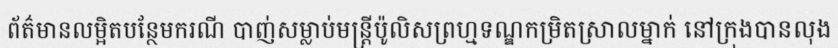
ព័ត៌មានលម្អិតបន្ថែមករណី បាញ់សម្លាប់មន្ត្រីប៉ូលិសព្រហ្មទណ្ឌកម្រិតស្រាលម្នាក់ នៅក្រុងបានលុង